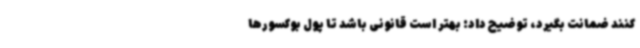
کنند ضمانت بگیرد، توضیح داد: بهتر است قانونی باشد تا پول بوکسورها